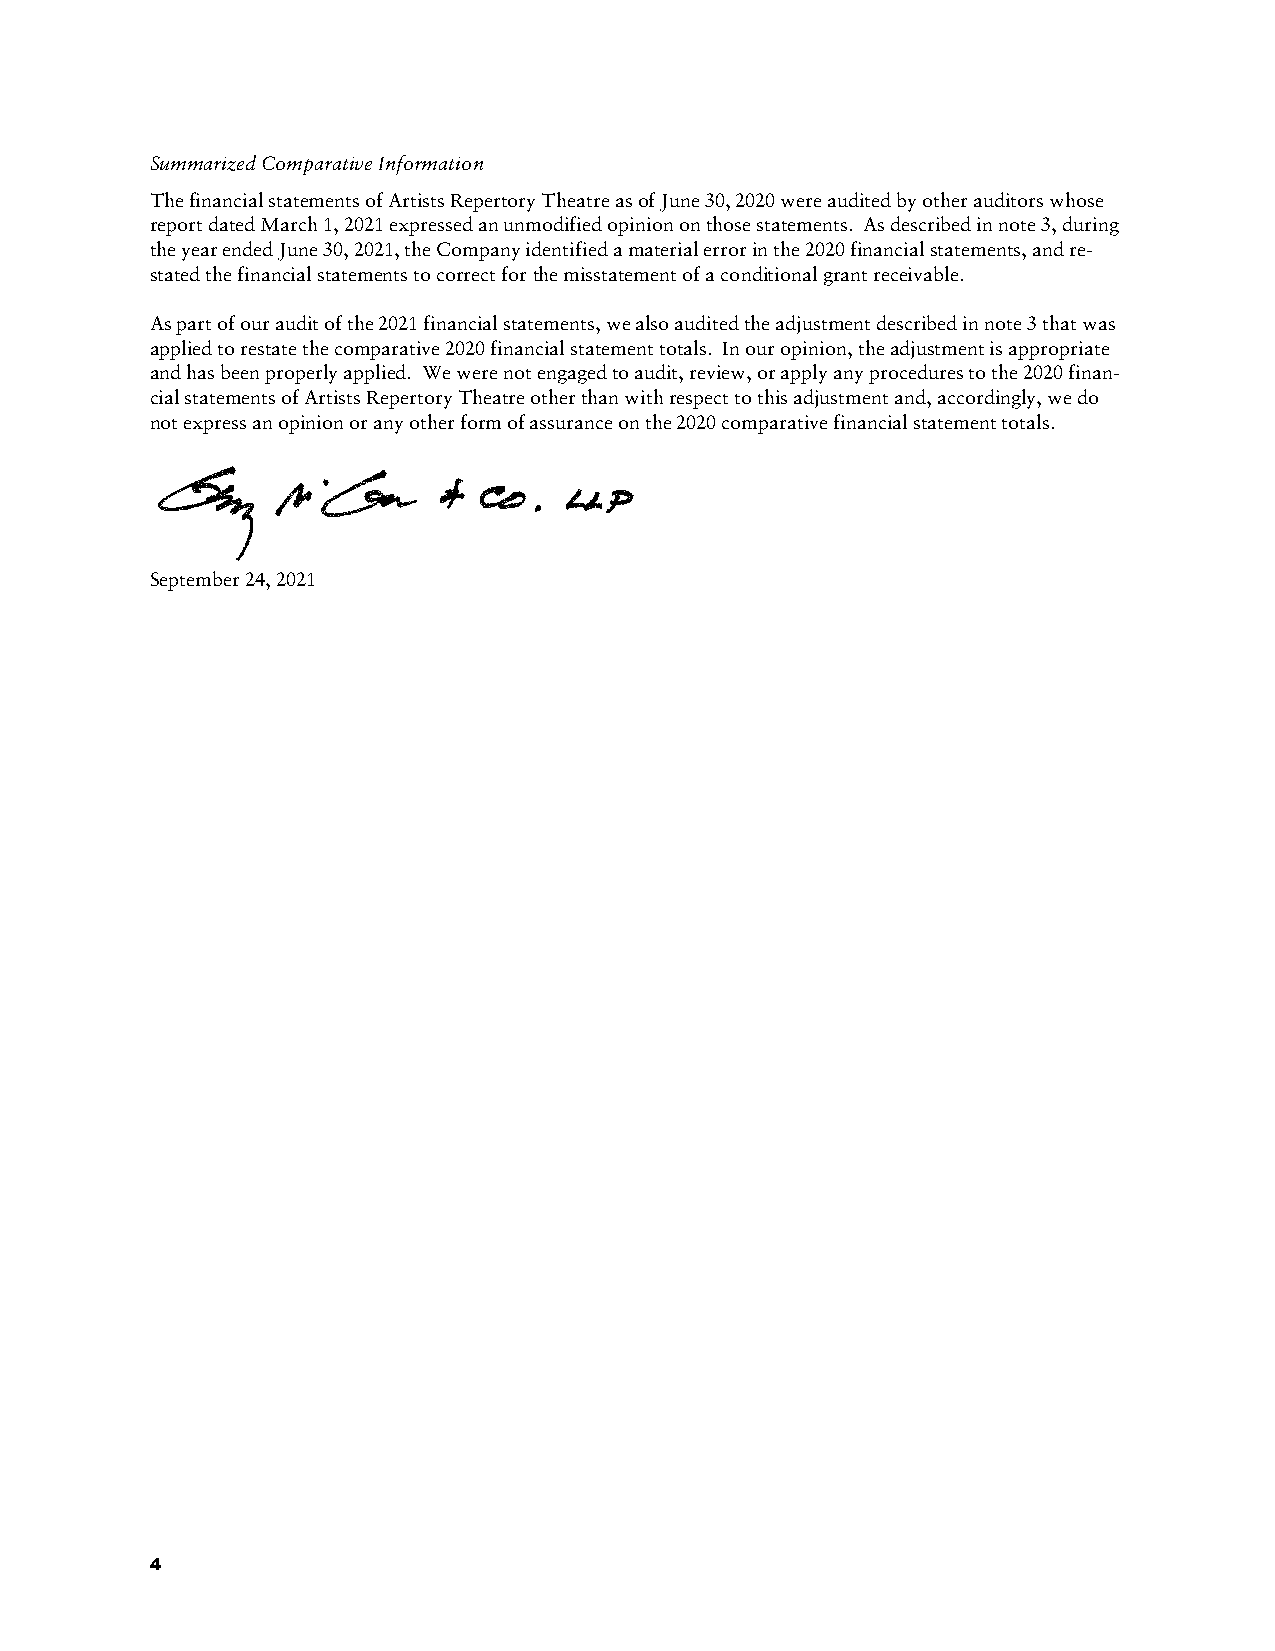
Summarized Comparative Information
 The financial statements of Artists Repertory Theatre as of June 30, 2020 were audited by other auditors whose
 report dated March 1, 2021 expressed an unmodified opinion on those statements. As described in note 3, during
 the year ended June 30, 2021, the Company identified a material error in the 2020 financial statements, and re-
 stated the financial statements to correct for the misstatement of a conditional grant receivable.
 As part of our audit of the 2021 financial statements, we also audited the adjustment described in note 3 that was
 applied to restate the comparative 2020 financial statement totals. In our opinion, the adjustment is appropriate
 and has been properly applied. We were not engaged to audit, review, or apply any procedures to the 2020 finan-
 cial statements of Artists Repertory Theatre other than with respect to this adjustment and, accordingly, we do
 not express an opinion or any other form of assurance on the 2020 comparative financial statement totals.
 September 24, 2021
 4